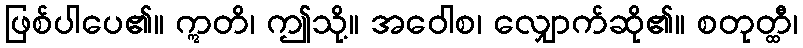
ဖြစ်ပါပေ၏။ ဣတိ၊ ဤသို့။ အဝေါစ၊ လျှောက်ဆို၏။ စတုတ္ထီ၊